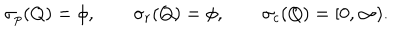
\sigma _ { p } ( Q ) = \phi , \qquad \sigma _ { r } ( Q ) = \phi , \qquad \sigma _ { c } ( Q ) = [ 0 , \infty ) .